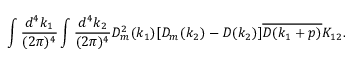
\begin{array} { c } { { \displaystyle \int \frac { d ^ { 4 } k _ { 1 } } { ( 2 \pi ) ^ { 4 } } \int \frac { d ^ { 4 } k _ { 2 } } { ( 2 \pi ) ^ { 4 } } D _ { m } ^ { 2 } ( k _ { 1 } ) [ D _ { m } ( k _ { 2 } ) - D ( k _ { 2 } ) ] \overline { { { D ( k _ { 1 } + p ) } } } K _ { 1 2 } . } } \end{array}